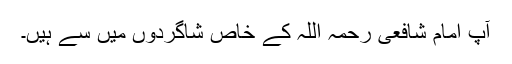
آپ امام شافعی رحمہ اللہ کے خاص شاگردوں میں سے ہیں۔